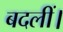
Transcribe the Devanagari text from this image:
बदलीं।